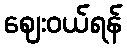
ဈေးဝယ်ရန်